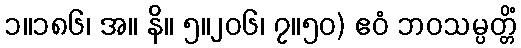
၁။၁၈၆၊ အ။ နိ။ ၅။၂၀၆၊ ၇။၅၀) ဧဝံ ဘဝသမ္ပတ္တိံ